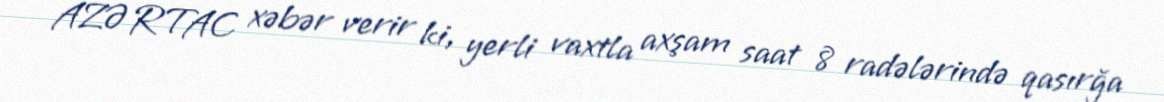
AZƏRTAC xəbər verir ki, yerli vaxtla axşam saat 8 radələrində qasırğa